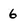
Character: 6